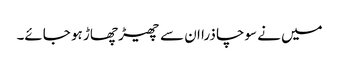
میں نے سوچا ذرا ان سے چھیڑ چھاڑ ہو جائے۔